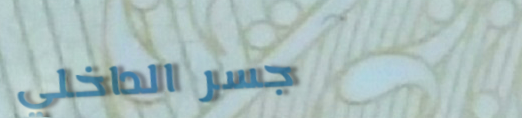
جسر الداخلي